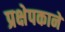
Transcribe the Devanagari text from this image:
प्रक्षेपकाने